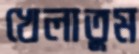
খেলাতুম